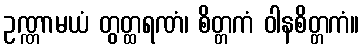
ဥဏ္ဏာမယံ တွတ္ထရဏံ၊ စိတ္တကံ ဝါနစိတ္တကံ။